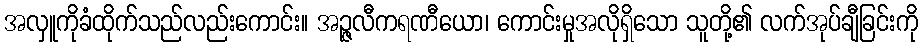
အလှူကိုခံထိုက်သည်လည်းကောင်း။ အဉ္ဇလီကရဏီယော၊ ကောင်းမှုအလိုရှိသော သူတို့၏ လက်အုပ်ချီခြင်းကို